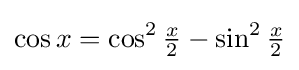
\cos x=\cos ^{2}{\tfrac {x}{2}}-\sin ^{2}{\tfrac {x}{2}}